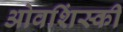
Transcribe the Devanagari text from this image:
ओवशिंस्की